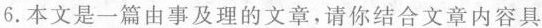
6.本文是一篇由事及理的文章，请你结合文章内容具